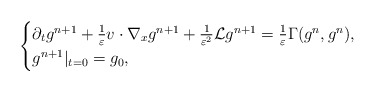
\begin{align*}\begin{cases}\partial_tg^{n+1}+\frac 1 \varepsilon v\cdot\nabla_{x}g^{n+1}+\frac 1{\varepsilon^2}\mathcal{L}g^{n+1}=\frac{1}{\varepsilon}\Gamma(g^{n}, g^{n}),\\g^{n+1}|_{t=0}=g_0,\end{cases}\end{align*}